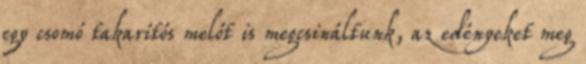
egy csomó takarítós melót is megcsináltunk, az edényeket meg